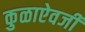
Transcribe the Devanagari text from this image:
कुळाऐवजी